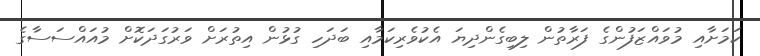
ކަމަށާއި މުވައްޒަފުންގެ ފަރާތުން ލިބިގެންދިޔަ އެކުވެރިކަމާއި ބަދަހި ގުޅުން އިތުރަށް ވަރުގަދަކޮށް މުއައްސަސާގެ